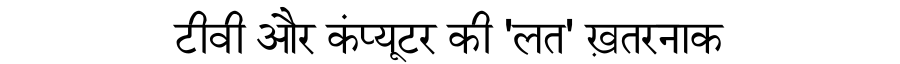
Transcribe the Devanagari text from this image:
टीवी और कंप्यूटर की 'लत' ख़तरनाक